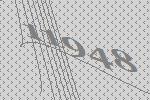
11948